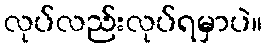
လုပ်လည်းလုပ်ရမှာပဲ။